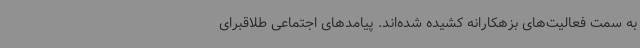
به سمت فعالیت‌های بزهکارانه کشیده شده‌اند. پیامدهای اجتماعی طلاقبرای